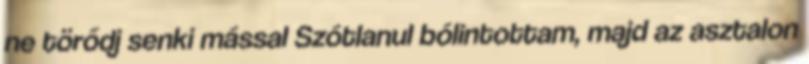
ne törődj senki mással Szótlanul bólintottam, majd az asztalon